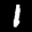
Label: 1